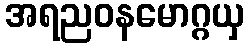
အရညဝနမောဂ္ဂယှ